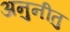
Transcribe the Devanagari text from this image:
अनुनीतु